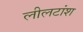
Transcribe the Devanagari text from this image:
लीलटांश